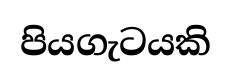
පියගැටයකි